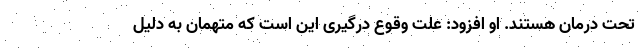
تحت درمان هستند. او افزود: علت وقوع درگیری این است که متهمان به دلیل